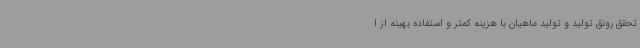
تحقق رونق تولید و تولید ماهیان با هزینه کمتر و استفاده بهینه از ا